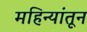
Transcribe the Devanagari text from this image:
महिन्‍यांतून